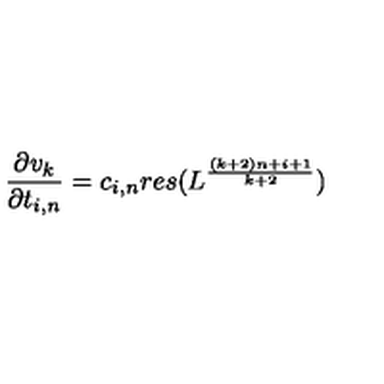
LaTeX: \frac { \partial v _ { k } } { \partial t _ { i , n } } = c _ { i , n } r e s ( L ^ { \frac { ( k + 2 ) n + i + 1 } { k + 2 } } )